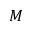
M